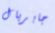
جابريال